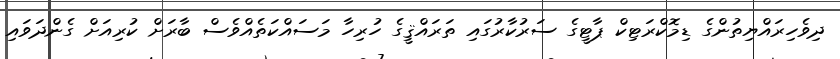
ދިވެހިރައްޔިތުންގެ ޑިމޮކްރަޓިކް ޕާޓީގެ ސަރުކާރުގައި ތަރައްޤީގެ ހުރިހާ މަސައްކަތެއްވެސް ބާރަށް ކުރިއަށް ގެންދަވައި